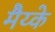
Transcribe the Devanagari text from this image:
मैय्के